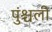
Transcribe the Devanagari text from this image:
पुंश्चली